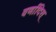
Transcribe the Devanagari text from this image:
वर्णादिस्‌